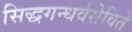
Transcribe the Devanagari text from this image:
सिद्धगन्धर्वसेविते